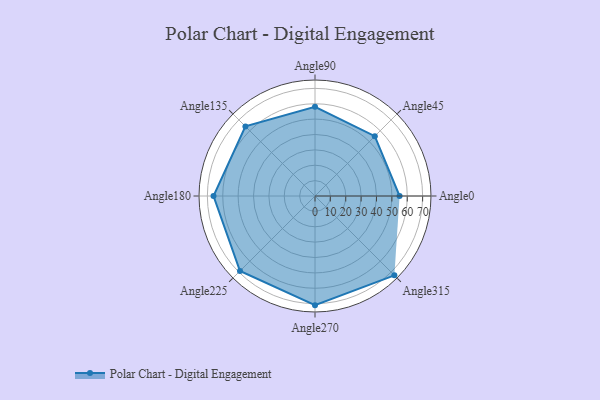
{"axis": {"x": "Angle", "y": "Radius"}, "legend": [""], "data": [{"x": "Angle0", "y": 55.0, "type": ""}, {"x": "Angle45", "y": 55.0, "type": ""}, {"x": "Angle90", "y": 58.0, "type": ""}, {"x": "Angle135", "y": 64.0, "type": ""}, {"x": "Angle180", "y": 66.0, "type": ""}, {"x": "Angle225", "y": 69.0, "type": ""}, {"x": "Angle270", "y": 71.0, "type": ""}, {"x": "Angle315", "y": 73.0, "type": ""}]}